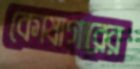
কোষাগারের